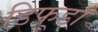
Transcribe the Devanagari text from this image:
डिफ़्डा